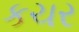
કચર